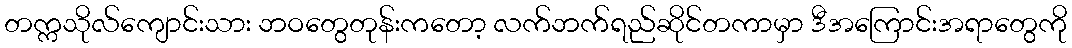
တက္ကသိုလ်ကျောင်းသား ဘဝတွေတုန်းကတော့ လက်ဘက်ရည်ဆိုင်တကာမှာ ဒီအကြောင်းအရာတွေကို